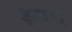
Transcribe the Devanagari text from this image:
झामू